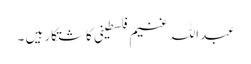
عبداللہ غنیم فلسطینی کاشتکار ہیں ۔